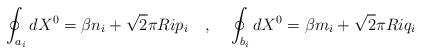
\begin{align*}\oint_{a_i}dX^0=\beta n_i+\sqrt{2}\pi Ri p_i~~~,~~~\oint_{b_i}dX^0=\beta m_i+\sqrt{2}\pi Ri q_i\end{align*}